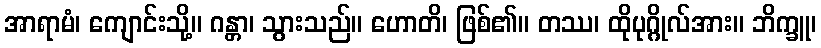
အာရာမံ၊ ကျောင်းသို့။ ဂန္တာ၊ သွားသည်။ ဟောတိ၊ ဖြစ်၏။ တဿ၊ ထိုပုဂ္ဂိုလ်အား။ ဘိက္ခူ၊